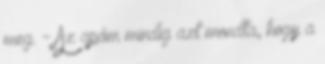
meg. - Az apám mindig azt mondta, hogy a